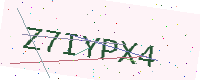
Text: Z7IYPX4